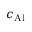
c _ { \mathrm { A l } }